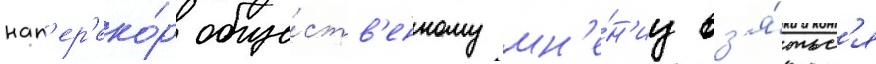
нап'ер'еко́р обще́ств'енному мн'е́н'иу вз'я́тьс'я